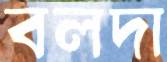
বলদা